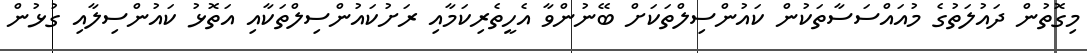
މިގޮތުން ދައުލަތުގެ މުއައްސަސާތަކުން ކައުންސިލްތަކަށް ބޭނުންވާ އެހީތެރިކަމާއި ރަށުކައުންސިލްތަކާއި އަތޮޅު ކައުންސިލާއި ގުޅުން